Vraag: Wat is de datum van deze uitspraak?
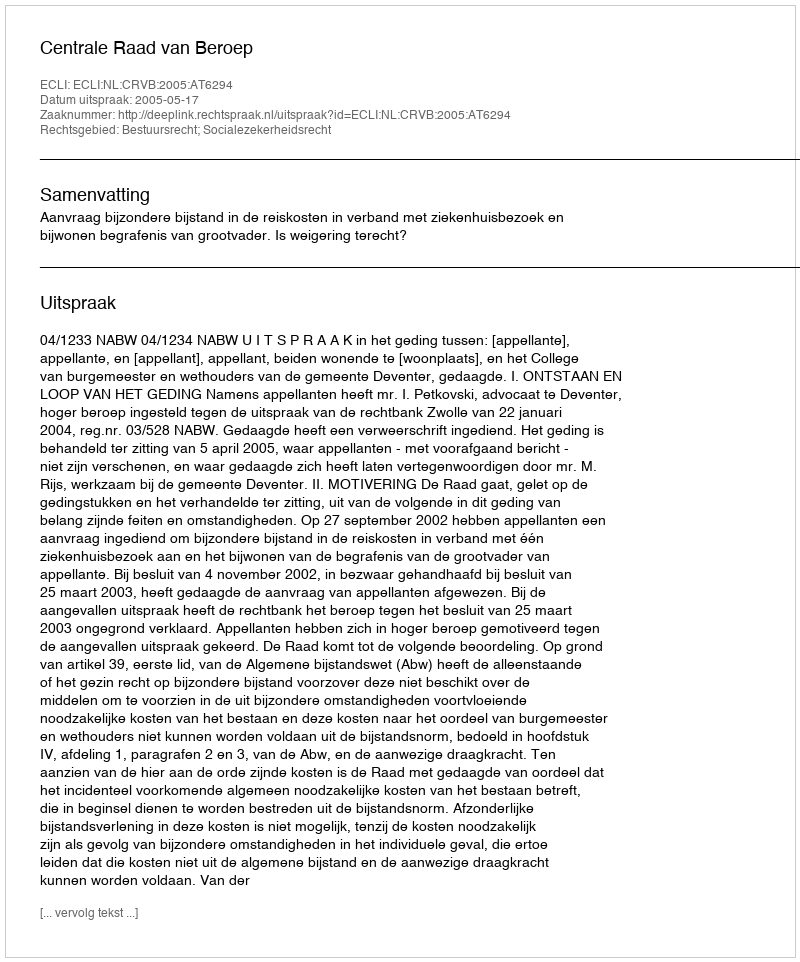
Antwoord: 2005-05-17